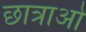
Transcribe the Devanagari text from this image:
छात्राओ